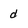
Character: d